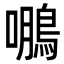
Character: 𮬹